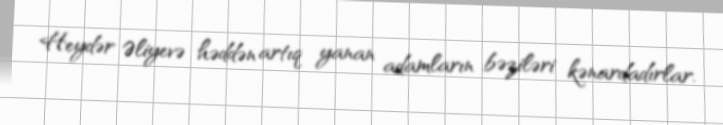
Heydər Əliyevə həddən artıq yanan adamların bəziləri kənardadırlar.